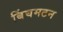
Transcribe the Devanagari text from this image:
बिंघमटन